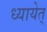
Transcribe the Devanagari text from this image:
ध्यायेत्